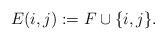
LaTeX: \begin{align*}E(i,j) := F\cup \{ i,j\}.\end{align*}